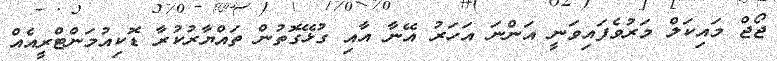
ޖޯޖް މައިކަލް މަރުވެފައިވަނީ އަންނަ އަހަރު އޭނާ އާއި ގުޅޭގޮތުން ތައްޔާރުކުރާ ޑޮކިއުމަންޓްރީއެއް